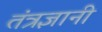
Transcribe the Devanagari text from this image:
तंत्रज्ञानी